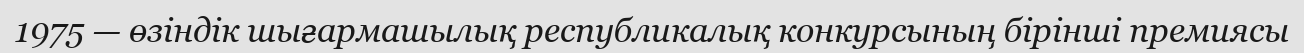
1975 — өзіндік шығармашылық республикалық конкурсының бірінші премиясы